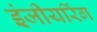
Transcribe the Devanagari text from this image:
इंजीयरिंग